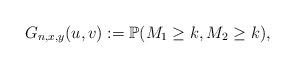
LaTeX: \begin{align*}G_{n,x,y}(u,v) &:= \mathbb{P}( M_1 \geq k, M_2 \geq k),\end{align*}